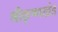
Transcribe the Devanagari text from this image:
श्रीकृष्णखंड